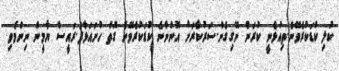
ކުލި ކުޑަކުރެވޭނެ.ތިއުޅެނީ ކުރަން ނޭގިގެން.ސަރުކާރަށް އޮންނާނެ ކުޑަކުރެވޭނެ ގޮތް ހުށައަޅާފަ.ރައީސް ޔާމީން ނިންމެވި